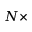
N \times